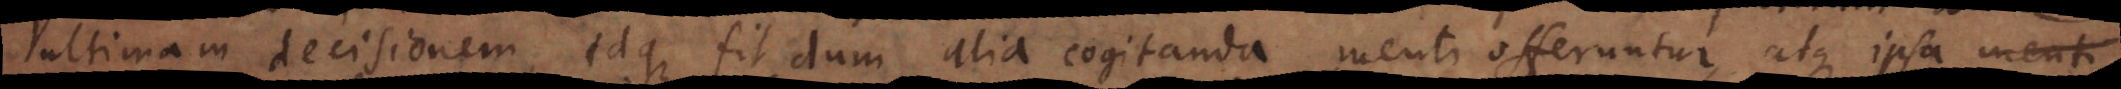
ultimam decisionem, idque fit dum alia cogitanda menti offeruntur, atque ipsa menti